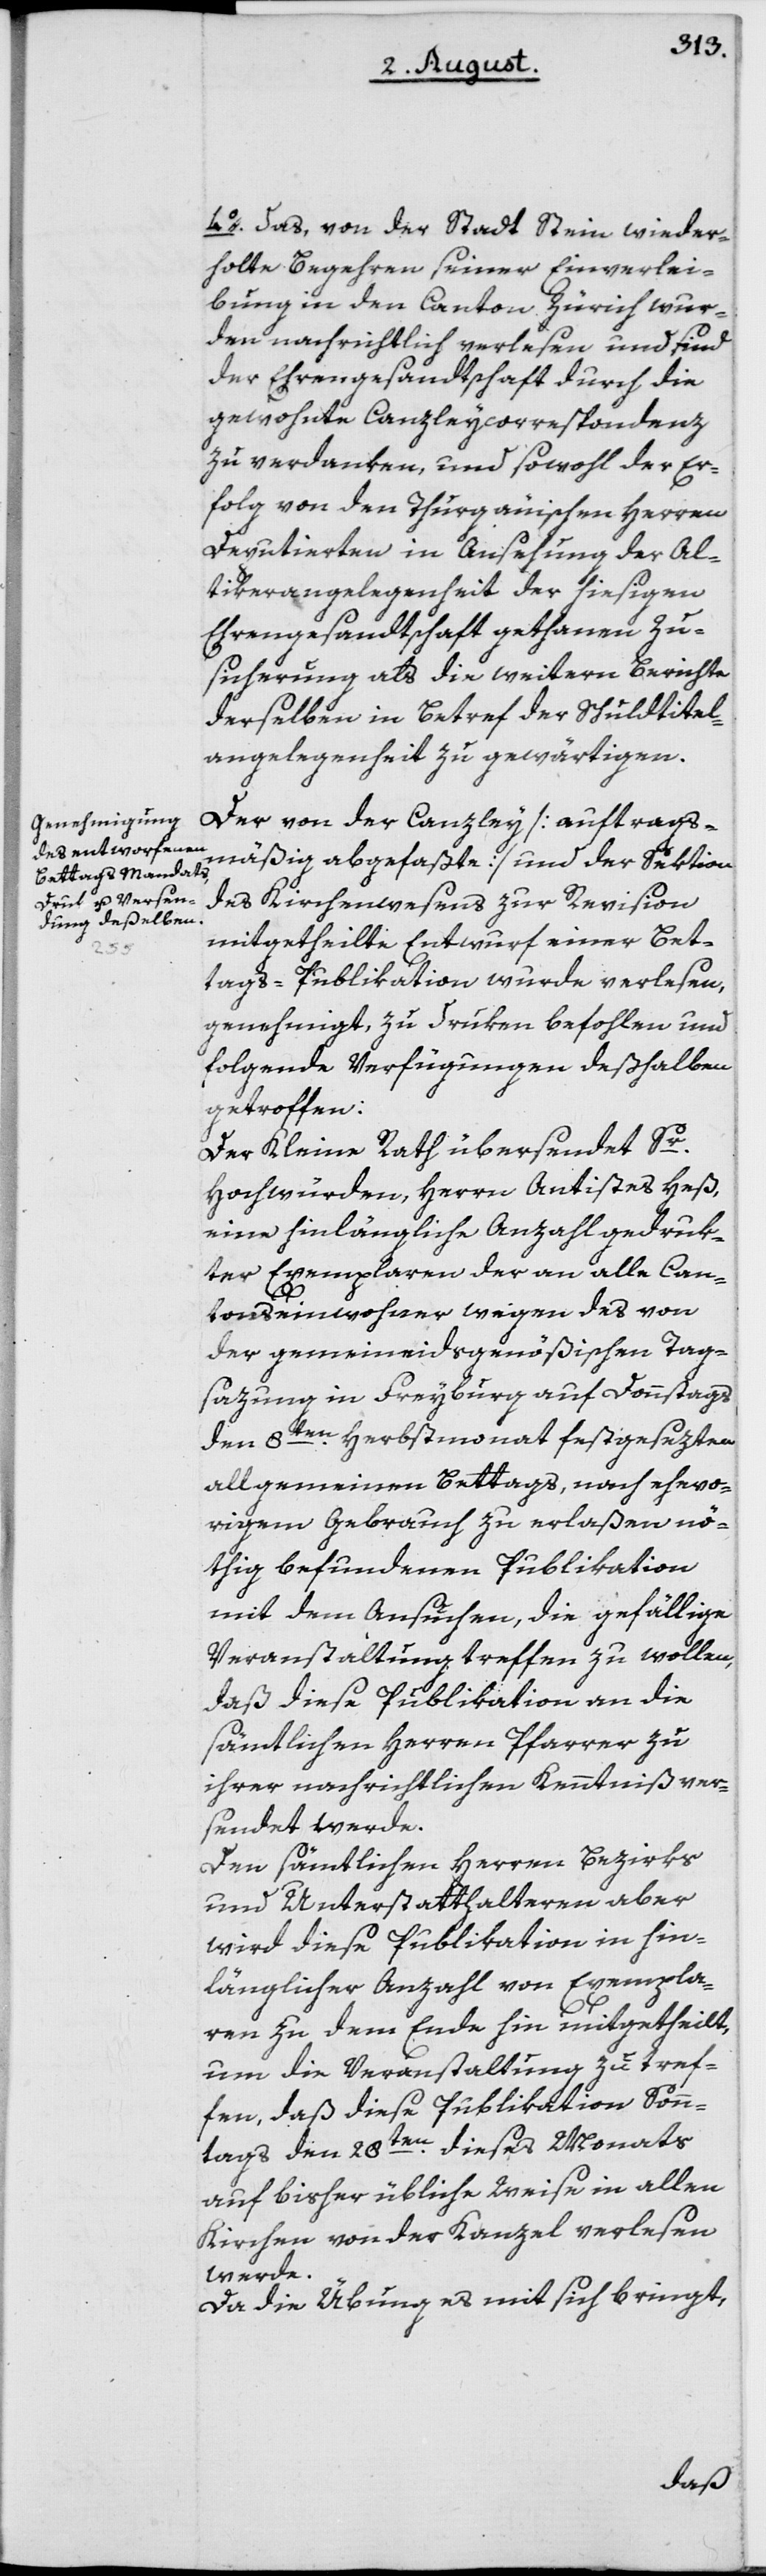
4o. das, von der Stadt Stein wieder¬
holte Begehren seiner Einverlei¬
bung in den Canton Zürich wur¬
den nachrichtlich verlesen und sind
der Ehrengesandtschaft durch die
gewohnte Canzleycorrespondenz
zu verdanken, und sowohl der Er¬
folg von den Thurgäuischen Herren
Deputierten in Ansehung der Al¬
tikerangelegenheit der hiesigen
Ehrengesandtschaft gethanen Zu¬
sicherung als die weitern Berichte
derselben in Betref der Schuldtitel¬
angelegenheit zu gewärtigen.
Der von der Canzley [auftrags¬
mäßig abgefaßte] und der Sektion
des Kirchenwesens zur Revision
mitgetheilte Entwurf einer Bet¬
tags-Publikation wurde verlesen,
genehmigt, zu Druken befohlen und
folgende Verfügungen deßhalben
getroffen:
Der Kleine Rath übersendet Sr.
Hochwürden, Herrn Antistes Heß,
eine hinlängliche Anzahl gedruk¬
ter Exemplaren der an alle Can¬
tonseinwohner wegen des von
der gemeineidsgenössischen Tag¬
sazung in Freyburg auf Donnstags
den 8ten Herbstmonat festgesezten
allgemeinen Bettags, nach ehevo¬
rigem Gebrauch zu erlaßen nö¬
thig befundenen Publikation
mit dem Ansuchen, die gefällige
Veranstaltung treffen zu wollen,
daß diese Publikation an die
sämtlichen Herren Pfarrer zu
ihrer nachrichtlichen Kenntniß ver¬
sendet werde.
Den sämtlichen Herren Bezirks
und Unterstatthalteren aber
wird diese Publikation in hin¬
länglicher Anzahl von Exempla¬
ren zu dem Ende hin mitgetheilt,
um die Veranstaltung zu tref¬
fen, daß diese Publikation Son¬
ntags den 28ten dieses Monats
auf bisher übliche Weise in allen
Kirchen von der Kanzel verlesen
werde.
Da die Übung es mit sich bringt,